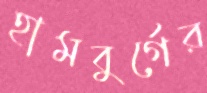
হামবুর্গের